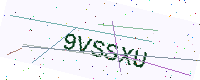
Text: 9VSSXU